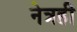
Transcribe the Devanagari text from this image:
नेत्रही